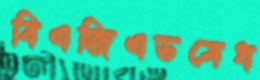
বিএজিএডমেধ